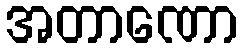
အတာဏော